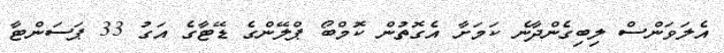
އެލަވަންސް ލިބިގެންދާނެ ކަމަށާ އެގޮތުން ކޮމްބޯ ޕްލޭންގެ ޑޭޓާގެ އަގު 33 ޕަސަންޓާ